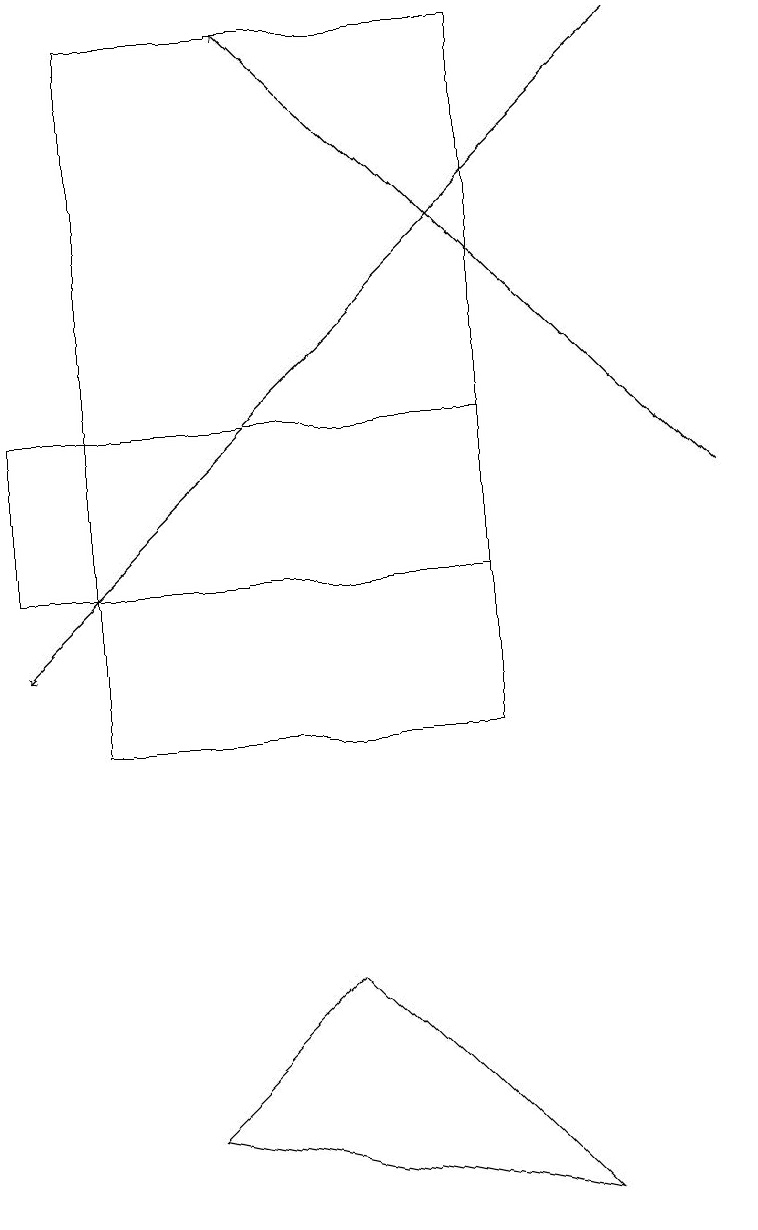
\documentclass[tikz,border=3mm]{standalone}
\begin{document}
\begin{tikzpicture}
\draw[->] (9,13) -- (3,19);
\draw (6,12) rectangle (0,14);
\draw (7,4) -- (4,7) -- (2,5) -- cycle;
\draw[->] (8,19) -- (0,11);
\draw (1,19) rectangle (6,10);
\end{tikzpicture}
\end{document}